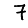
Digit: 7